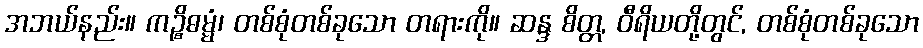
အဘယ်နည်း။ ကဉ္စိဓမ္မံ၊ တစ်စုံတစ်ခုသော တရားကို။ ဆန္ဒ စိတ္တ, ဝီရိယတို့တွင်, တစ်စုံတစ်ခုသော